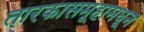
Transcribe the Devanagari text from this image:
तारकासमूहामधून